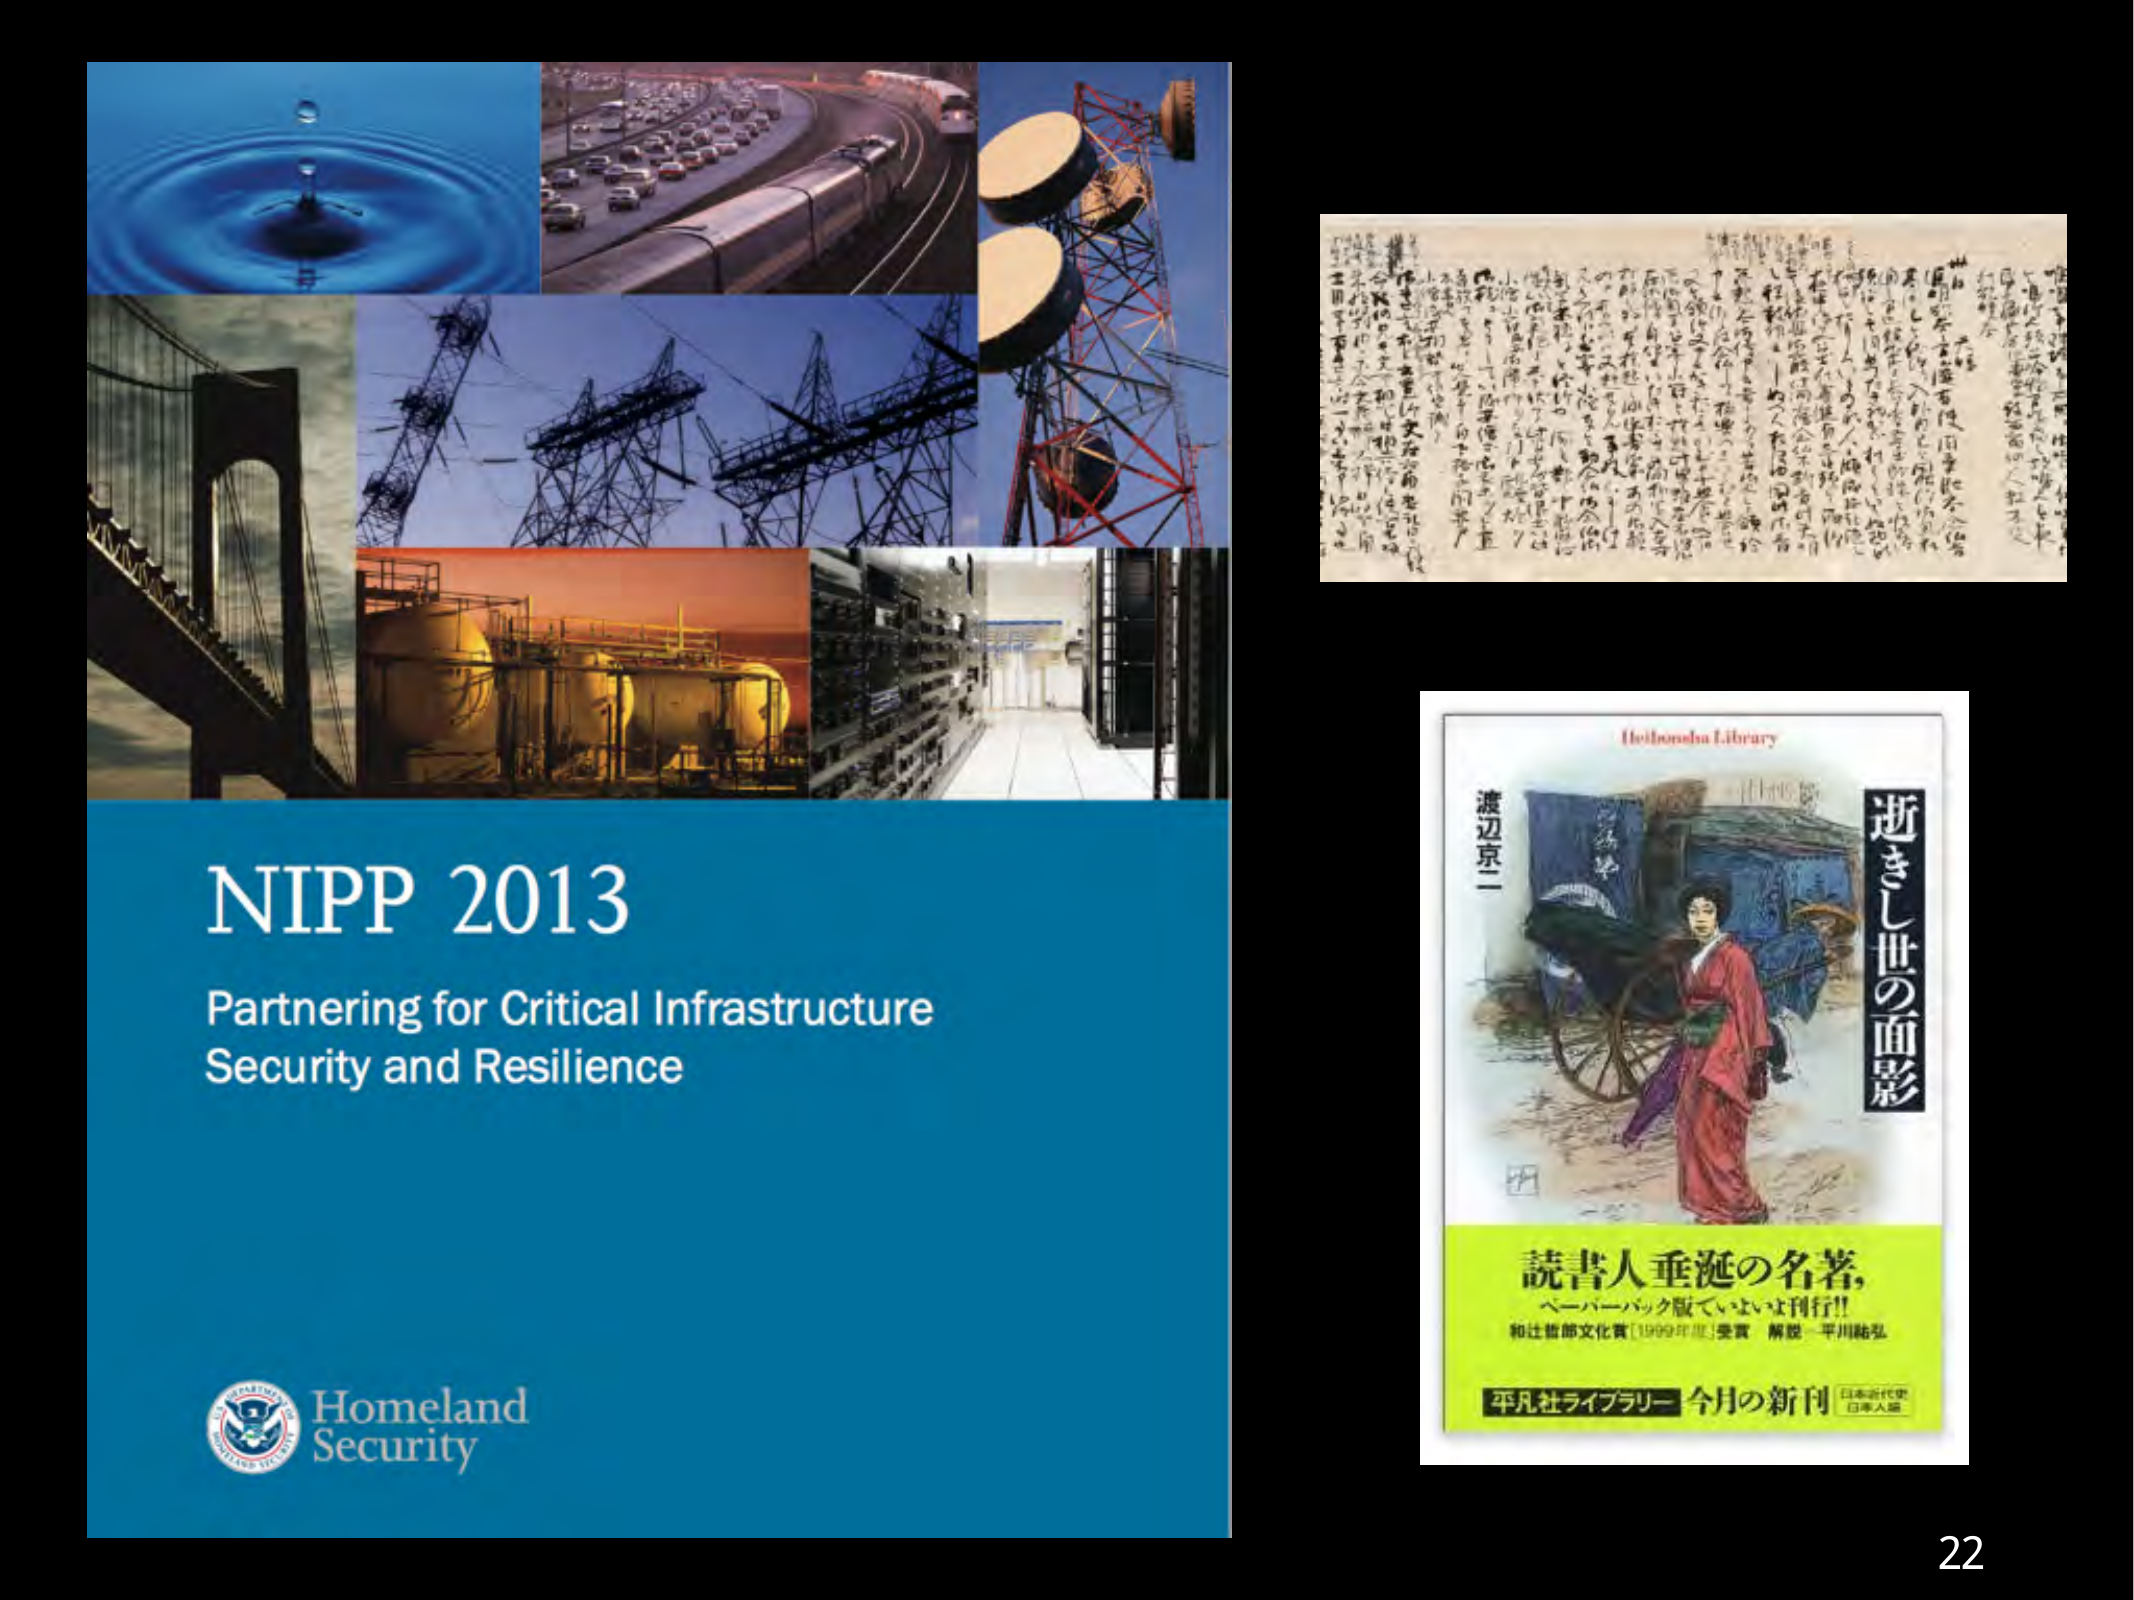
NIPP 2013
Partnering for Critical Infrastructure
Security and Resilience

Homeland
Security

Heibonsha Library

渡辺京二
逝きし世の面影

読書人垂涎の名著,
ペーパーバック版でいよいよ刊行!!
和辻哲郎文化賞[1999年度]受賞 解説・平川祐弘

平凡社ライブラリー 今月の新刊
日本近代史
日本人選

22